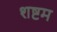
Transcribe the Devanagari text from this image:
शष्टम